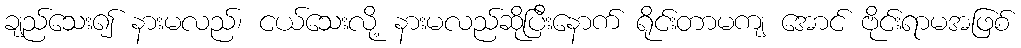
ချည်သေး၍ နားမလည်၊ ငယ်သေးလို့ နားမလည်ဆိုပြီးနောက် ရိုင်းတာမကျ အောင် ဗိုင်းရာမအဖြစ်